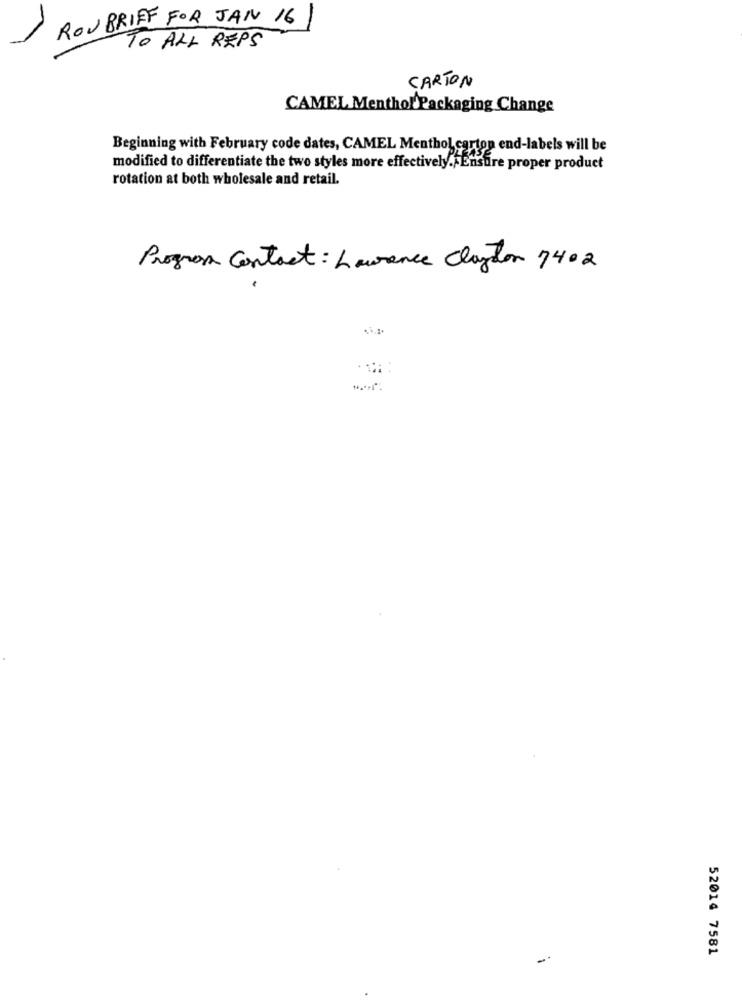
ROU BRIEF FOR JAN 16
TO ALL REPS
CARTON
CAMEL Menthol Packaging Change
Beginning with February code dates, CAMEL Menthol, carton end-labels will be
modified to differentiate the two styles more effectively. Ensure proper product
rotation at both wholesale and retail.
Progress Contact: Laurence Clayton 7402
52014 7581